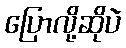
ပြောလို့ဆိုပဲ